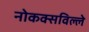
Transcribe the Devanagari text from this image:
नोकक्सविल्ले